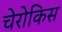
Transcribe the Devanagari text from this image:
चेरोकिस